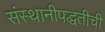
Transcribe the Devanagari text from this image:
संस्थानीपद्धतीची